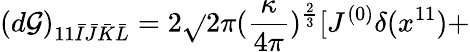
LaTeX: (d\mathcal{G})_{11\bar{{I}}\bar{{J}}\bar{{K}}\bar{{L}}}=2\sqrt{}{{2}}\pi(\frac{{\kappa}}{{4\pi}})^{\frac{{2}}{{3}}}[J^{(0)}\delta(x^{11})+